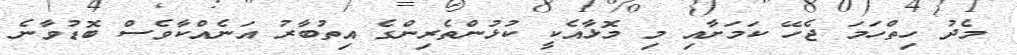
މެދު ހިތްހަމަ ޖެހޭ ކަމަށާއި މި މޮޅާއެކީ ކުޅުންތެރިންގެ އިތުބާރު އަނެއްކާވެސް ބޮޑުވާނެ